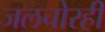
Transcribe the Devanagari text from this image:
जलचोरही